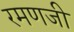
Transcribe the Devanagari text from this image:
रमणजी